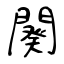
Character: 闋